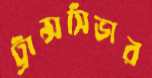
ট্রান্সসিভার